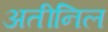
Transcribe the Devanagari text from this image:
अतीनिल